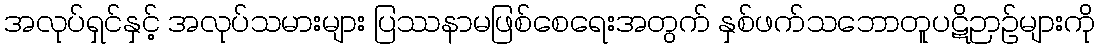
အလုပ်ရှင်နှင့် အလုပ်သမားများ ပြဿနာမဖြစ်စေရေးအတွက် နှစ်ဖက်သဘောတူပဋိဉာဉ်များကို